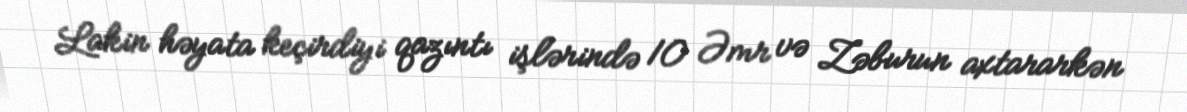
Lakin həyata keçirdiyi qazıntı işlərində 10 Əmr və Zəburun axtararkən